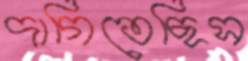
দাগিতেছিস